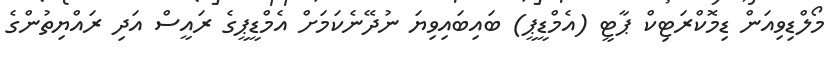
މޯލްޑިވިއަން ޑިމޮކްރަޓިކް ޕާޓީ (އެމްޑީޕީ) ބައިބައިވިޔަ ނުދޭނެކަމަށް އެމްޑީޕީގެ ރައީސް އަދި ރައްޔިތުންގެ